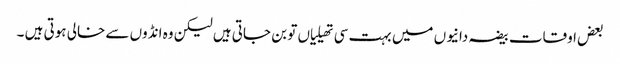
بعض اوقات بیضہ دانیوں میں بہت سی تھیلیاں تو بن جاتی ہیں لیکن وہ انڈوں سے خالی ہوتی ہیں ۔